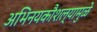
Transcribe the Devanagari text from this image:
अभिनयकौशल्यामुळे